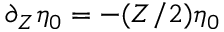
\partial _ { Z } \eta _ { 0 } = - ( Z / 2 ) \eta _ { 0 }